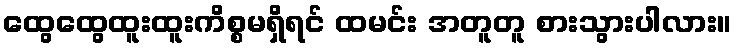
ထွေထွေထူးထူးကိစ္စမရှိရင် ထမင်း အတူတူ စားသွားပါလား။